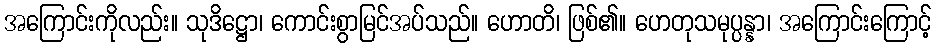
အကြောင်းကိုလည်း။ သုဒိဋ္ဌော၊ ကောင်းစွာမြင်အပ်သည်။ ဟောတိ၊ ဖြစ်၏။ ဟေတုသမုပ္ပန္နာ၊ အကြောင်းကြောင့်